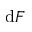
\mathrm { d } F